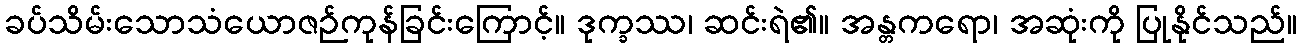
ခပ်သိမ်းသောသံယောဇဉ်ကုန်ခြင်းကြောင့်။ ဒုက္ခဿ၊ ဆင်းရဲ၏။ အန္တကရော၊ အဆုံးကို ပြုနိုင်သည်။